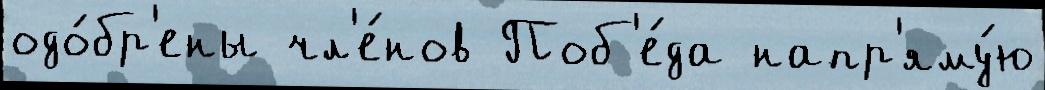
одо́бр'ены чл'е́нов Поб'е́да напр'яму́ю